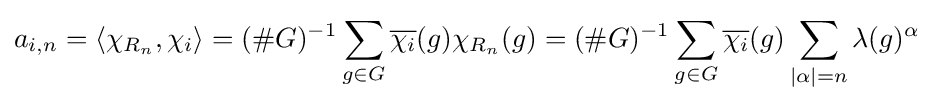
a_{i,n}=\langle \chi _{R_{n}},\chi _{i}\rangle =(\#G)^{-1}\sum _{g\in G}{\overline {\chi _{i}}}(g)\chi _{R_{n}}(g)=(\#G)^{-1}\sum _{g\in G}{\overline {\chi _{i}}}(g)\sum _{|\alpha |=n}\lambda (g)^{\alpha }